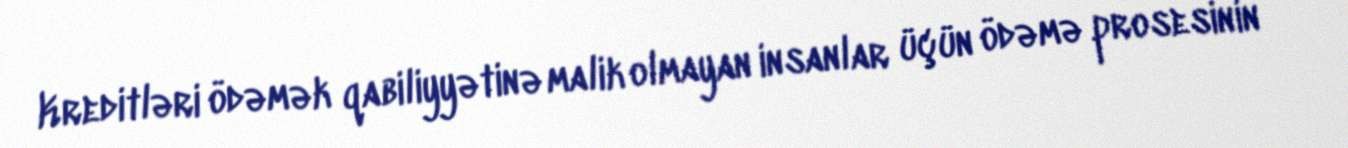
Kreditləri ödəmək qabiliyyətinə malik olmayan insanlar üçün ödəmə prosesinin